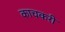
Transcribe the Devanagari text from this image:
काचकरी